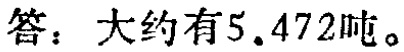
答：大约有$5.472$吨。